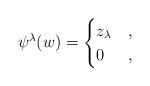
LaTeX: \begin{align*} \psi^\lambda(w) = \begin{cases} z_\lambda &,\\ 0 &, \end{cases}\end{align*}